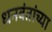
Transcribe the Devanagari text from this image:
धनवंतांच्या